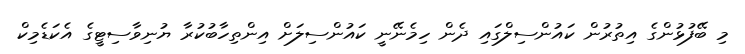
މި ބޭފުޅުންގެ އިތުރުން ކައުންސިލްގައި ދެން ހިމެނޭނީ ކައުންސިލަށް އިންތިހާބުކުރާ ޔުނިވާސިޓީގެ އެކަޑެމިކް